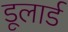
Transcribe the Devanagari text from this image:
डूलार्ड